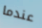
عندما